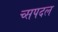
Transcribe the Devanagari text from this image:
च्सपदल